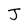
Character: J